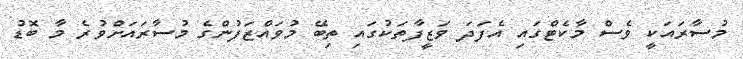
މުސާރައަކީ ވެސް މާކެޓްގައި އެފަދަ ވަޒީފާތަކުގައި ތިބޭ މުވައްޒަފުންގެ މުސާރައަށްވުރެ މާ ބޮޑު